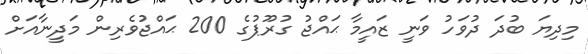
މިދިޔަ ބުދަ ދުވަހު ވަނީ ޒައީމާ ޙައްޖު ގުރޫޕުގެ 200 ޙައްޖުވެރިން މަދީނާއަށް